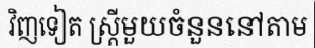
វិញទៀត ស្ត្រីមួយចំនួននៅតាម